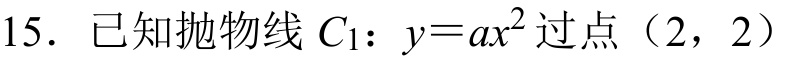
15. 已知抛物线\(C_{1}:y = ax^{2}\)过点（\(2,2\)）